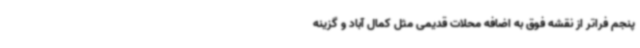
پنجم فراتر از نقشه فوق به اضافه محلات قدیمی مثل کمال آباد و گزینه